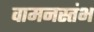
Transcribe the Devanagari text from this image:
वामनस्तंभ